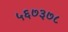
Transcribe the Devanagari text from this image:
५६७३७८